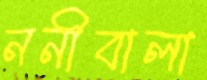
ননীবালা